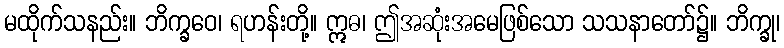
မထိုက်သနည်း။ ဘိက္ခဝေ၊ ရဟန်းတို့။ ဣဓ၊ ဤအဆုံးအမေဖြစ်သော သသနာတော်၌။ ဘိက္ခု၊